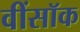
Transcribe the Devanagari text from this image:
वींसॉक